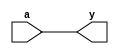
`timescale 1ns/1ps
`default_nettype none

module dtp(
    output wire y,
    input wire a
);

assign y = a;

endmodule
`default_nettype wire